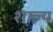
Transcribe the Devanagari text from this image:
शाल्य